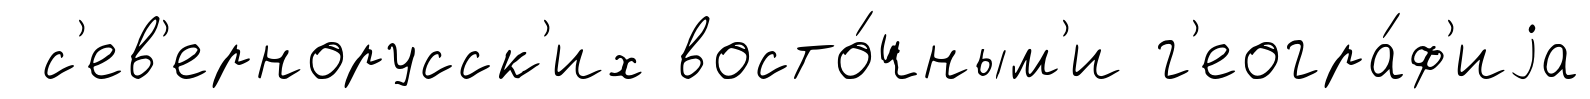
с'ев'ернорусск'их восто́чным'и г'еогра́ф'иjа